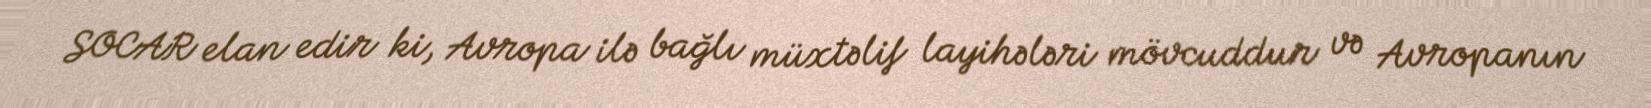
SOCAR elan edir ki, Avropa ilə bağlı müxtəlif layihələri mövcuddur və Avropanın